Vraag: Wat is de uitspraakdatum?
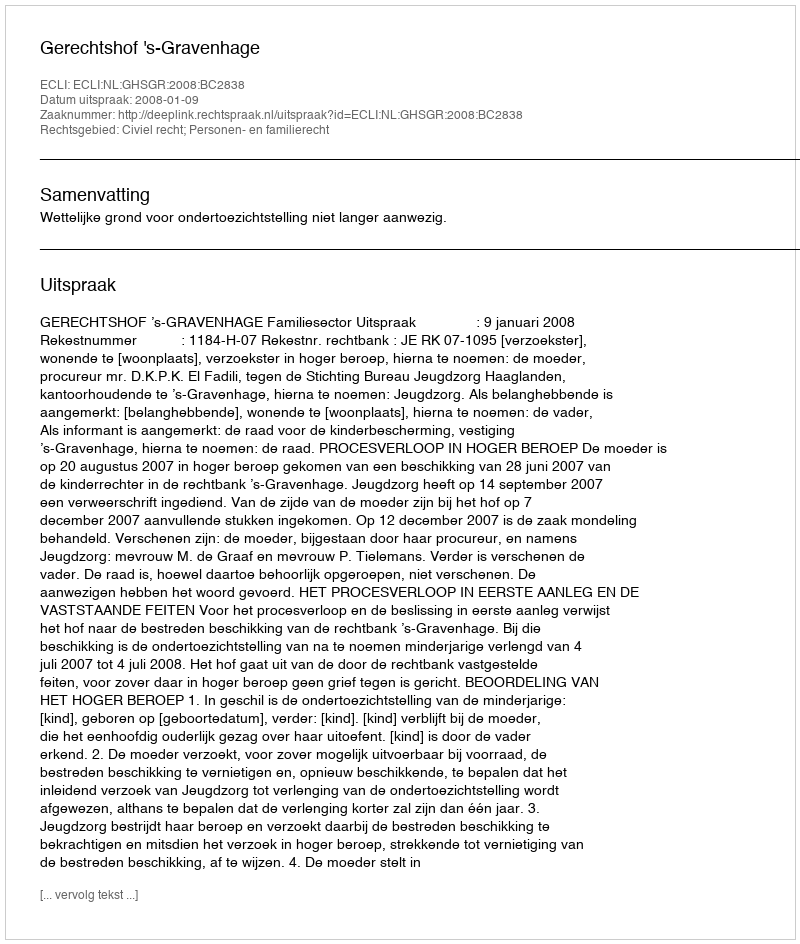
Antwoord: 2008-01-09